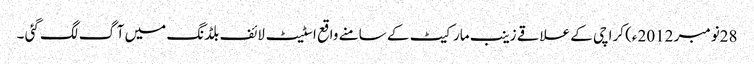
28نومبر 2012ء) کراچی کے علاقے زینب مارکیٹ کے سامنے واقع اسٹیٹ لائف بلڈنگ میں آگ لگ گئی ۔